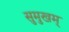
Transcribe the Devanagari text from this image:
सुमुखम्